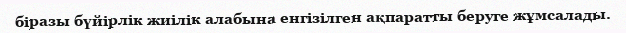
біразы бүйірлік жиілік алабына енгізілген ақпаратты беруге жұмсалады.